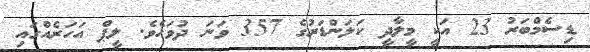
ޑިސެމްބަރު 23 އަކީ މީލާދީ ކަލަންޑަރުގެ 357 ވަނަ ދުވަހެވެ. ލީޕް އަހަރެއްގައި